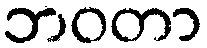
ဘဝတာ